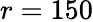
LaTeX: r=150